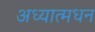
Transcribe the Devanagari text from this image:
अध्यात्मधन